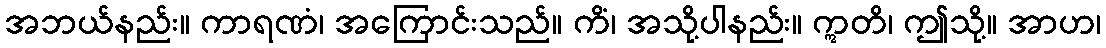
အဘယ်နည်း။ ကာရဏံ၊ အကြောင်းသည်။ ကိံ၊ အသို့ပါနည်း။ ဣတိ၊ ဤသို့။ အာဟ၊